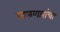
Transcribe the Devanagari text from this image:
पाळणारांचा